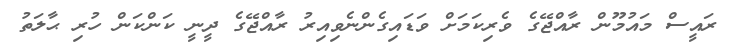
ރައީސް މައުމޫން ރާއްޖޭގެ ވެރިކަމަށް ވަޑައިގެންނެވިއިރު ރާއްޖޭގެ ދީނީ ކަންކަން ހުރި ޙާލަތު